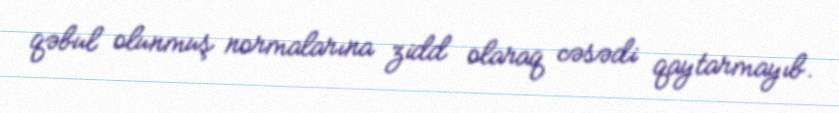
qəbul olunmuş normalarına zidd olaraq cəsədi qaytarmayıb.